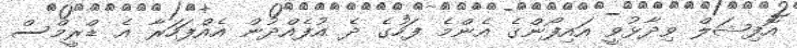
އޮފިޝަލް ވިދާޅުވީ އައިފޯންގެ އެންމެ ފަހުގެ ދެ އުފެއްދުން އެއްފަހަރާ އެ ޑްރީމްސް